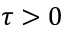
\tau > 0